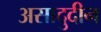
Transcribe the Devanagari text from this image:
असादुदीन